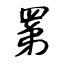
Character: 罤